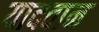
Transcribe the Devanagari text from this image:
यादवान